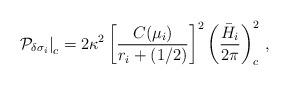
LaTeX: \begin{align*}\left. {\cal P}_{\delta\sigma_i} \right|_c = 2\kappa^2 \left[{C(\mu_i)\over r_i+(1/2)}\right]^2 \left( {\bar{H}_i \over 2\pi} \right)_c^2 \, ,\end{align*}